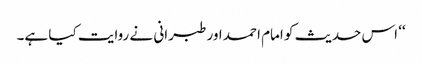
‘‘ اس حدیث کو امام احمد اور طبرانی نے روایت کیا ہے۔